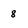
Character: 8